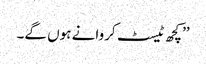
’’کچھ ٹیسٹ کروانے ہوں گے۔